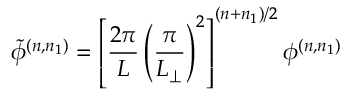
\tilde { \phi } ^ { ( n , n _ { 1 } ) } = \left[ \frac { 2 \pi } { L } \left( \frac { \pi } { L _ { \perp } } \right) ^ { 2 } \right] ^ { ( n + n _ { 1 } ) / 2 } \phi ^ { ( n , n _ { 1 } ) }